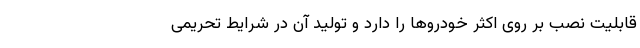
قابلیت نصب بر روی اکثر خودروها را دارد و تولید آن در شرایط تحریمی